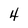
Character: 4